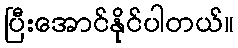
ပြီးအောင်နိုင်ပါတယ်။